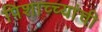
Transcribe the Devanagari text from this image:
पिशाच्च्यांची